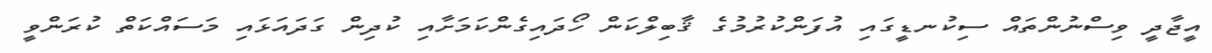
އީޖާދީ ވިސްނުންތައް ސިކުނޑީގައި އުފަންކުރުމުގެ ޤާބިލްކަން ހޯދައިގެންކަމަށާއި ކުދިން ގަދައަޅައި މަސައްކަތް ކުރަންވީ